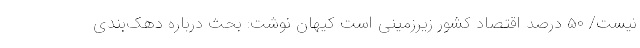
نیست/ ۵۰ درصد اقتصاد کشور زیرزمینی است کیهان نوشت: بحث درباره دهک‌بندی